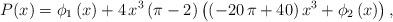
LaTeX: \begin{align*}P(x)=\phi_1 \left( x \right) +4\,{x}^{3}\left( \pi -2 \right) \left( \left( -20\,\pi +40 \right) {x}^{3}+\phi_2 \left( x \right) \right),\end{align*}